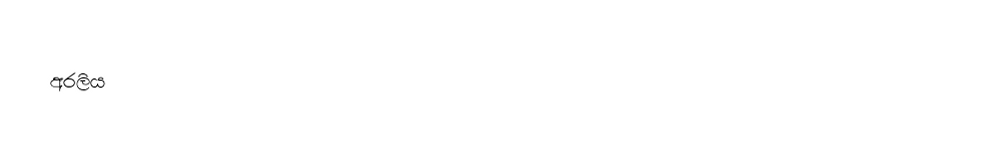
අරලිය